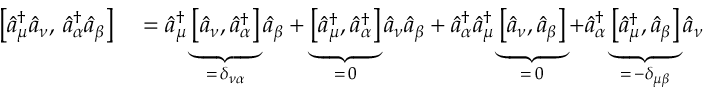
\begin{array} { r l } { \bigl [ \hat { a } _ { \mu } ^ { \dagger } \hat { a } _ { \nu } , \, \hat { a } _ { \alpha } ^ { \dagger } \hat { a } _ { \beta } \bigr ] } & { { } = \hat { a } _ { \mu } ^ { \dagger } \underbrace { \bigl [ \hat { a } _ { \nu } , \hat { a } _ { \alpha } ^ { \dagger } \bigr ] } _ { = \, \delta _ { \nu \alpha } } \hat { a } _ { \beta } + \underbrace { \bigl [ \hat { a } _ { \mu } ^ { \dagger } , \hat { a } _ { \alpha } ^ { \dagger } \bigr ] } _ { = \, 0 } \hat { a } _ { \nu } \hat { a } _ { \beta } + \hat { a } _ { \alpha } ^ { \dagger } \hat { a } _ { \mu } ^ { \dagger } \underbrace { \bigl [ \hat { a } _ { \nu } , \hat { a } _ { \beta } \bigr ] } _ { = \, 0 } + \hat { a } _ { \alpha } ^ { \dagger } \underbrace { \bigl [ \hat { a } _ { \mu } ^ { \dagger } , \hat { a } _ { \beta } \bigr ] } _ { = \, - \delta _ { \mu \beta } } \hat { a } _ { \nu } } \end{array}